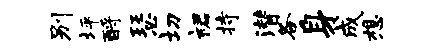
别坪酹瑟切裙持潜各身成想